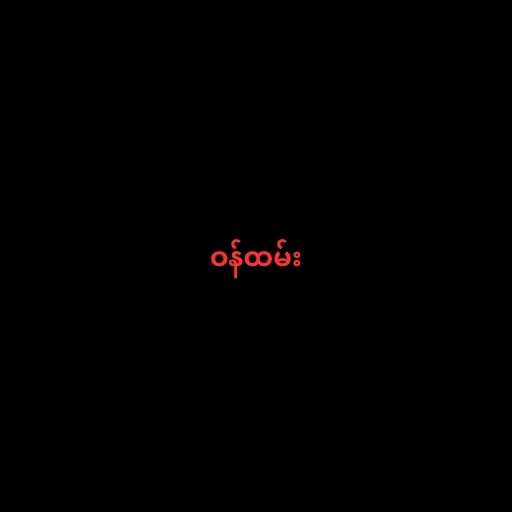
ဝန်ထမ်း